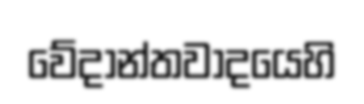
වේදාන්තවාදයෙහි